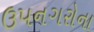
ઉપનગરોના